Statistical return of the lunatic asylum in Assam - 1912-1932
Year: 1912
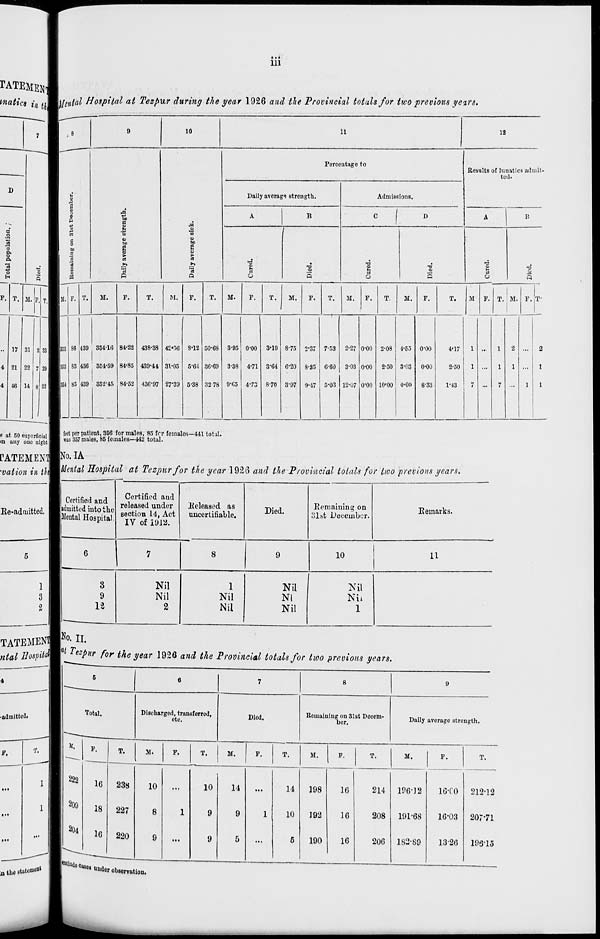
- . •
111
TATEMEKT
tnatics in n^kjental Hospital at Tezpur during the year 1!)2G and the Provincial totals for two previous years.
10
li
12
Percentage to
Results of lunatics admit-
M
ted.
Daily average strength.
Admissions.
0
p
ti
|
A
B
? I D
A
B
H
•e
■a
o
to
[
a
60
C3
E
2
>
a
M
a
■
S
"rt
■a
1
s
•a
p
XI
13
rS
8
ft
n
o
s
u
Q
u
fi
M. F. T.
M.
P.
T.
M.
p.
T.
M.
P.
T.
M.
P.
T.
M.
F.
T.
M.
F.
T.
M P. T. M. F. T ,
333 86 439 35410 84-22 438-38 42*36 8-12 50-68 3-95 o-oo 3-19 8-75 2*37 7-53 2-27 o-oo 2-08 4-55 o-oo
4*17
1
1
2
2
353 83 436 354-59 84-85 439-44 31-05 5-64 36-69 3-38 4-71 3-64 6-20 8-25 060 3-03 o-oo 2-50 3-03 0-00
2-50
1 ...
1
1 ...
1
IN 85 439 352-45 84-52 430-97 27*39 5-38 3278 9-65 4-73 8-70 3-97 9-47 5-03 12-07 o-oo 10«00 0-00 8-33
1*43
7
7
1
1
n it io «nnorfiPi»i IE feet per patient, 356 for males, 85 frr females—441 total.
Ri at ou suporncm II
... , 85 f emales _442 total.
m any one night
rATEMEXTB^-^
■ vation in ihm^''" fa^' ^0 S P lt,a^ c, l Tezpur for tin; year 1926 and the Provincial totals for pro previous years,
Certified and
admitted into the
Mental Hospital.
Certified and
released under
section 14, Act
IV of 1912.
Released as
uncertifiable.
Died.
Remaining on
ulst December.
Remarks.
10
11
3
9
12
Nil
Nil
2
1
Nil
Nil
Nil
Nl
Nil
Nil
Nil
1
K II.
f«W /u r uric i/ear I r.in an a tue . trrovm ciat to tats j or two previous years.
6
6
7
8
9
Total.
i
Discharged, transferred,
etc.
Died.
Remaining on 31st Decem-
ber.
Daily average strongth.
222
F.
T.
M.
F.
T.
ar.
F.
T.
M.
F.
T.
M.
P.
T.
16
238
10
...
10
14
14
198
1G
214 196*19
lG-f0 212-12
209
18
227
8
1
9
9
1
10
192
1G
208 191-68
16-03 207-71
204
10
220
9
...
9
5
...
5
190
16
206 182-89
1320 196-15
^ the etatemeo* 1 °l ude ***«» under observation.